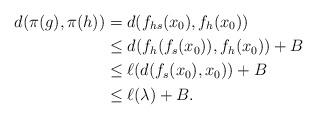
LaTeX: \begin{align*}d(\pi(g),\pi(h)) & = d(f_{hs}(x_0), f_h(x_0)) \\& \leq d(f_h(f_s(x_0)),f_h(x_0)) + B \\& \leq \ell (d(f_s(x_0), x_0)) + B \\& \leq \ell (\lambda) + B. \end{align*}